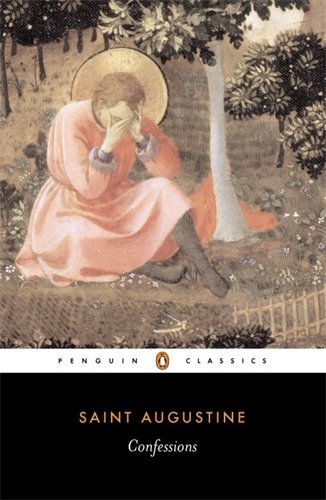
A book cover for Confessions (Penguin Classics); Saint Augustine; Biographies & Memoirs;